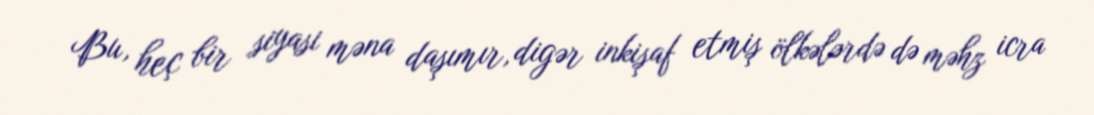
Bu, heç bir siyasi məna daşımır, digər inkişaf etmiş ölkələrdə də məhz icra